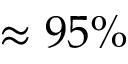
\approx 9 5 \%